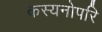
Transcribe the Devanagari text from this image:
कस्यनोपरि